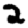
Digit: 2